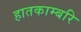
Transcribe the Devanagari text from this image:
हातकाम्बरि